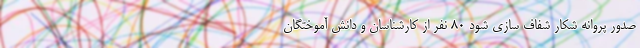
صدور پروانه شکار شفاف سازی شود ۸۰ نفر از کارشناسان و دانش آموختگان